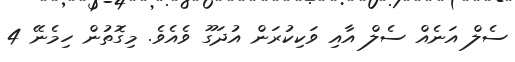
ސެލް އަނެއް ސެލް އާއި ވަކިކުރަން އުދަގޫ ވެއެވެ. މިގޮތުން ހިމެނޭ 4